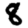
Digit: 8